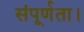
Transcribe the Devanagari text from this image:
संपूर्णता।